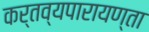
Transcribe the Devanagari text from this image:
कर्तव्यपारायण्ता